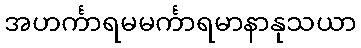
အဟင်္ကာရမမင်္ကာရမာနာနုသယာ